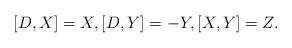
LaTeX: \begin{align*}[D,X]=X, [D,Y]=-Y, [X,Y]=Z.\end{align*}